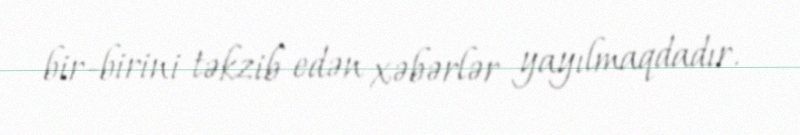
bir-birini təkzib edən xəbərlər yayılmaqdadır.